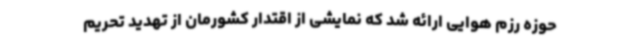
حوزه رزم هوایی ارائه شد که نمایشی از اقتدار کشورمان از تهدید تحریم